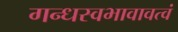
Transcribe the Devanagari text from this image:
गन्धस्वभावावत्वं